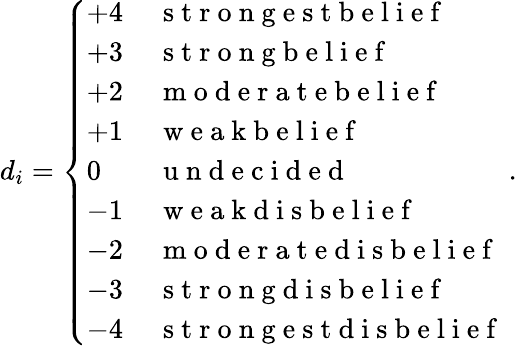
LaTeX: d_{i}=\left\{ \begin{array}{ll}{+4\, }&{\mathrm{~s~t~r~o~n~g~e~s~t~b~e~l~i~e~f~}}\\ {+3\, }&{\mathrm{~s~t~r~o~n~g~b~e~l~i~e~f~}}\\ {+2\, }&{\mathrm{~m~o~d~e~r~a~t~e~b~e~l~i~e~f~}}\\ {+1\, }&{\mathrm{~w~e~a~k~b~e~l~i~e~f~}}\\ {0\, }&{\mathrm{~u~n~d~e~c~i~d~e~d~}}\\ {-1\, }&{\mathrm{~w~e~a~k~d~i~s~b~e~l~i~e~f~}}\\ {-2\, }&{\mathrm{~m~o~d~e~r~a~t~e~d~i~s~b~e~l~i~e~f~}}\\ {-3\, }&{\mathrm{~s~t~r~o~n~g~d~i~s~b~e~l~i~e~f~}}\\ {-4\, }&{\mathrm{~s~t~r~o~n~g~e~s~t~d~i~s~b~e~l~i~e~f~}}\end{array}\right.\, .